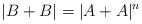
LaTeX: \begin{align*}|B+B| = |A+A|^n\end{align*}